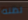
تظنه